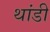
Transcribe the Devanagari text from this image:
थांडी